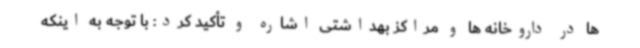
ها در داروخانه ها و مراکز بهداشتی اشاره و تأکید کرد: با توجه به اینکه